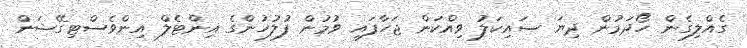
ގެއްލިގެން ހޯދަމުން ދިޔަ ސައިކަލު ވިއްކަން ޖަހާފައި ވުމުން ފުލުހުންގެ އިންޓެލް އިންވެސްޓިގޭޝަން